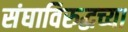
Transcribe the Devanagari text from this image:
संघाविरुद्धच्या